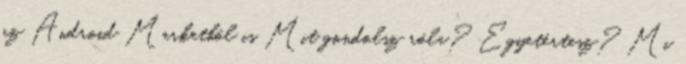
az Android Marketből is Mit gondolsz róla? Egyetértesz? Mi